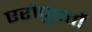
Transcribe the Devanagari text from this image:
एरोपुएर्तो